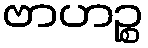
ဗာဟဉ္စ